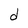
Character: d